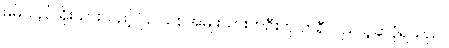
မိမိသည် ရိုးသားသည့် ပြင်သစ်အမျိုးသားတဦးဟု ဘရီကျူး ယူဆပုံရသည်။